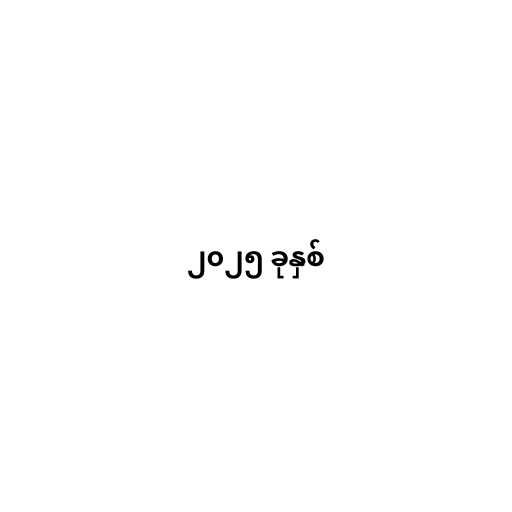
၂၀၂၅ ခုနှစ်